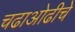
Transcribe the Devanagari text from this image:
चढाओढीचे